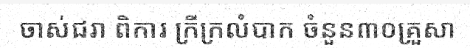
ចាស់ជរា ពិការ ក្រីក្រលំបាក ចំនួន៣០គ្រួសា